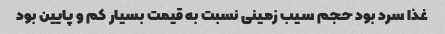
غذا سرد بود حجم سیب زمینی نسبت به قیمت بسیار کم و پایین بود